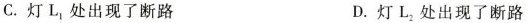
C.灯L_{1}处出现了断路 D.灯L_{2}处出现了断路